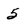
Character: 5